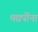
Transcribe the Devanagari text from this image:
मद्यपींना